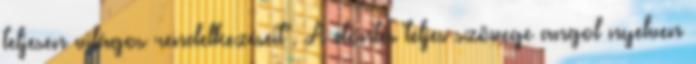
teljesen világos rendelkezéseit". A döntés teljes szövege angol nyelven